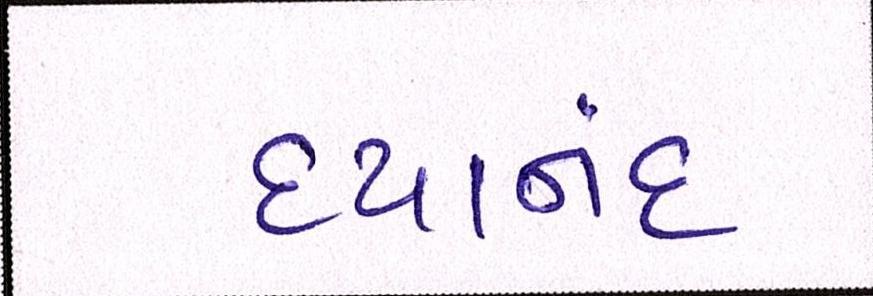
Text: દયાનંદ